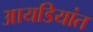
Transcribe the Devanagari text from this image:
आयडियांत